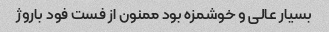
بسیار عالی و خوشمزه بود ممنون از فست فود باروژ